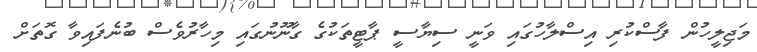
މަޖިލީހުން ފާސްކުރި އިސްލާހުގައި ވަނީ ސިޔާސީ ޕާޓީތަކުގެ ގާނޫނުގައި މިހާރުވެސް ބުނެފައިވާ ގޮތަށް